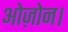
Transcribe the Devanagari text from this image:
ओज़ोन।